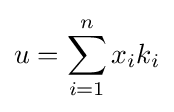
u=\sum _{i=1}^{n}x_{i}k_{i}